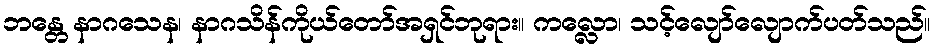
ဘန္တေ နာဂသေန၊ နာဂသိန်ကိုယ်တော်အရှင်ဘုရား။ ကလ္လော၊ သင့်လျော်လျောက်ပတ်သည်။